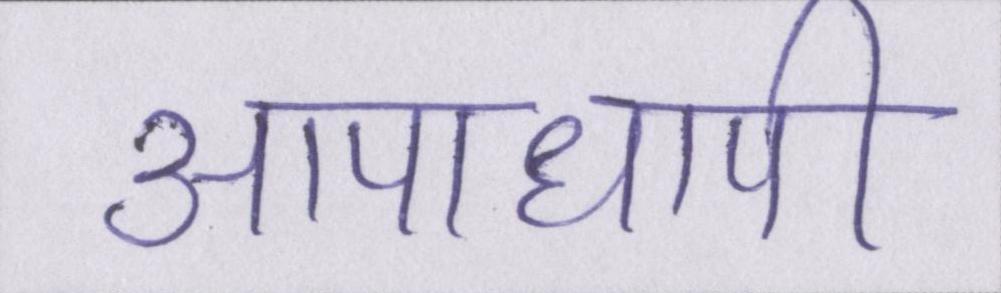
आपाधापी